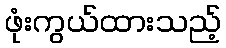
ဖုံးကွယ်ထားသည့်